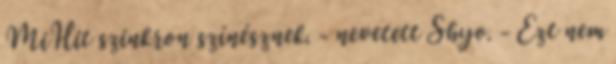
MiHit szinkron színésznek. - nevetett Shyo. - Ezt nem